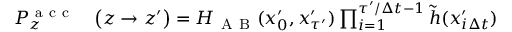
\begin{array} { r l } { P _ { z } ^ { \mathrm { ~ a ~ c ~ c ~ } } } & { { } \bigl ( z \to z ^ { \prime } \bigr ) = H _ { \mathrm { ~ A ~ B ~ } } ( x _ { 0 } ^ { \prime } , x _ { \tau ^ { \prime } } ^ { \prime } ) \prod _ { i = 1 } ^ { \tau ^ { \prime } / \Delta t - 1 } \widetilde { h } ( x _ { i \Delta t } ^ { \prime } ) } \end{array}